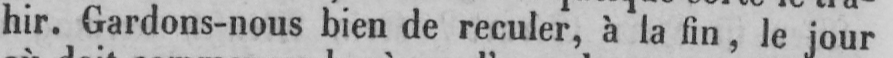
hir. Gardons-nous bien de reculer, à la fin, le jour